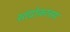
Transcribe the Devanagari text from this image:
सांद्रोकात्तस